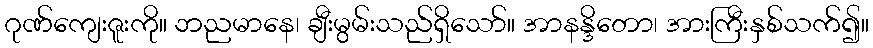
ဂုဏ်ကျေးဇူးကို။ ဘညမာနေ၊ ချီးမွမ်းသည်ရှိသော်။ အာနန္ဒိတော၊ အားကြီးနှစ်သက်၍။